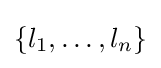
\{l_{1},\dots ,l_{n}\}